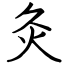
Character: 灸